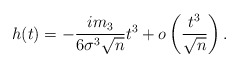
\begin{align*}h(t) = - \frac{i m_3}{6 \sigma^3 \sqrt{n}} t^3 + o \left( \frac{t^3}{\sqrt{n}} \right). \end{align*}